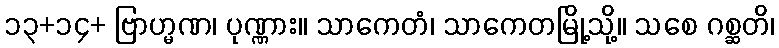
၁၃+၁၄+ ဗြာဟ္မဏ၊ ပုဏ္ဏား။ သာကေတံ၊ သာကေတမြို့သို့။ သစေ ဂစ္ဆတိ၊